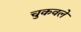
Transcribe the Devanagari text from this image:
चुकवले